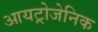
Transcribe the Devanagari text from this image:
आयट्रोजेनिक